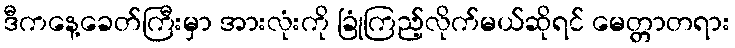
ဒီကနေ့ခေတ်ကြီးမှာ အားလုံးကို ခြုံကြည့်လိုက်မယ်ဆိုရင် မေတ္တာတရား